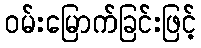
ဝမ်းမြောက်ခြင်းဖြင့်